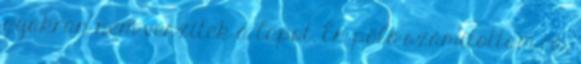
gyakran nem veszitek a lapot. Én pölö számítottam rá,